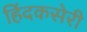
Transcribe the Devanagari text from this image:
हिंदकसेरी